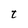
Character: t